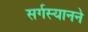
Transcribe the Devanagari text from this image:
सर्गस्यानने